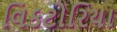
વિકટોરિયા